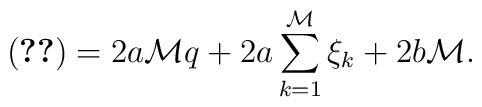
(\ref{w1A})=2a{\mathcal M}q+2a\sum_{k=1}^{\mathcal M}\xi_k+2b{\mathcal M}.